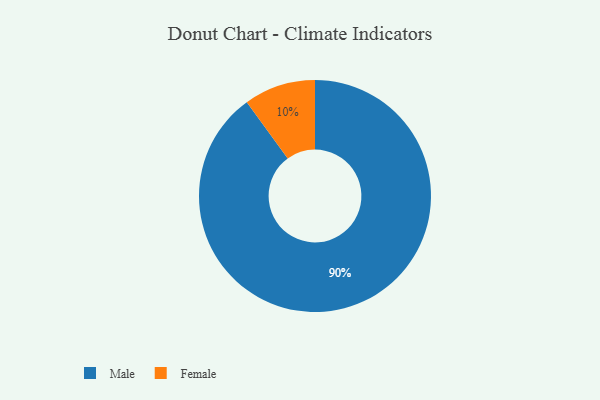
{"axis": {"x": "Category", "y": "Percentage"}, "legend": ["Female", "Male"], "data": [{"x": "Male", "y": 90, "type": "Male"}, {"x": "Female", "y": 10, "type": "Female"}]}